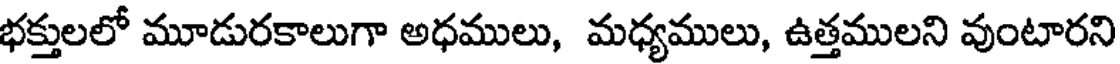
భక్తులలో మూడురకాలుగా అధములు, మధ్యములు, ఉత్తములని వుంటారని